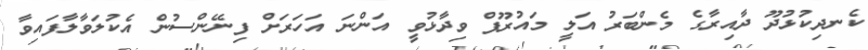
ކެނދިކުޅުދޫ ދާއިރާގެ މެންބަރު އަލީ މައުރޫފް ވިދާޅުވީ އަންނަ އަހަރަށް ފިނޭންސުން އެކުލަވާލާފައިވާ